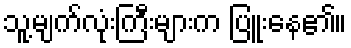
သူ့မျက်လုံးကြီးများက ပြူးနေ၏။